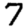
Digit: 7